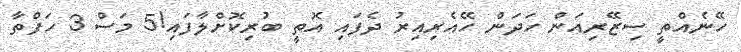
ހޭނެއްތީ ސިޒޭރިއަން ހަދަން ހޭއެރިއިރު ދެފައި އޮތީ ބުރިކޮށްލާފައި!5 މަސް 3 ހަފްތާ